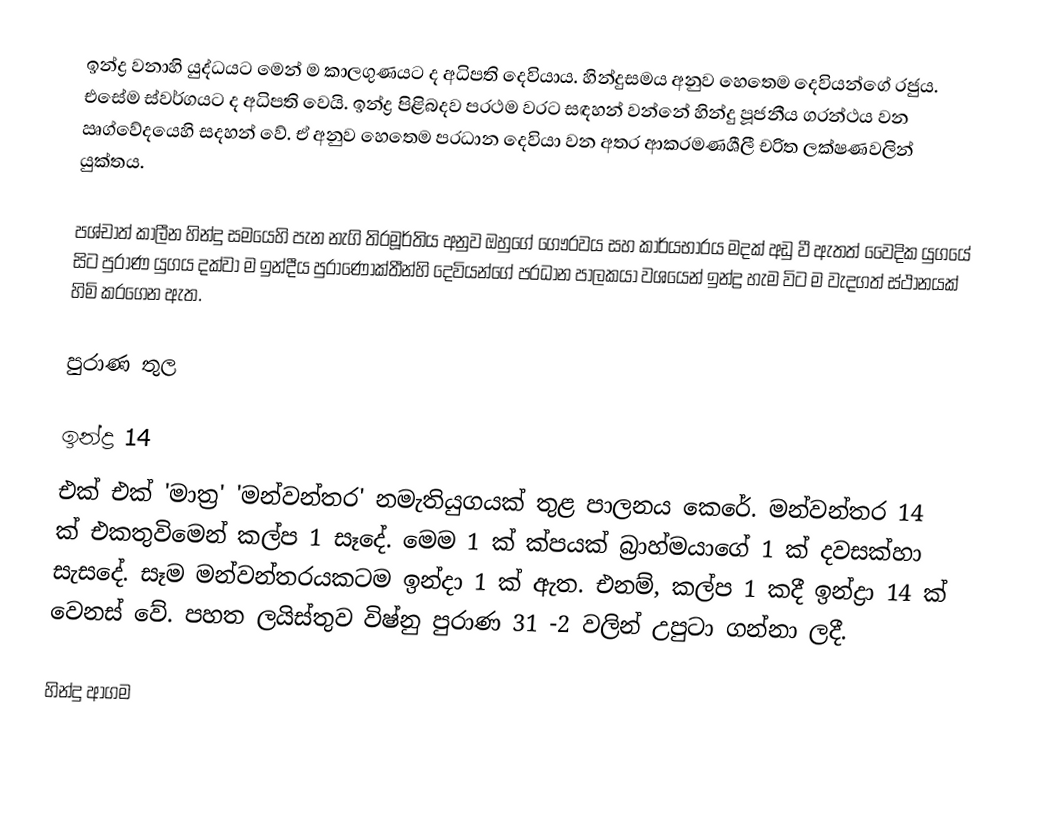
ඉන්ද්‍ර වනාහි යුද්ධයට මෙන් ම කාලගුණයට ද අධිපති දෙවියාය. හින්දුසමය අනුව හෙතෙම දෙවියන්ගේ රජුය. එසේම ස්වර්ගයට ද අධිපති වෙයි. ඉන්ද්‍ර පිළිබදව ප‍්‍රථම වරට සඳහන් වන්නේ හින්දු පූජනීය ග‍්‍රන්ථය වන ඍග්වේදයෙහි සදහන් වේ. ඒ අනුව හෙතෙම ප‍්‍රධාන දෙවියා වන අතර ආක‍්‍රමණශීලී චරිත ලක්ෂණවලින් යුක්තය.

පශ්චාත් කාලීන හින්දු සමයෙහි පැන නැගි ති‍්‍රමූර්තිය අනුව ඔහුගේ ගෞරවය සහ කාර්යභාරය මදක් අඩු වී ඇතත් වෛදික යුගයේ සිට පුරාණ යුගය දක්වා ම ඉන්දීය පුරාණෝක්තීන්හි දෙවියන්ගේ ප‍්‍රධාන පාලකයා වශයෙන් ඉන්ද්‍ර හැම විට ම වැදගත් ස්ථානයක් හිමි කරගෙන ඇත.

පුරාණ තුල

ඉන්ද්‍ර 14
එක් එක් 'මාත්‍ර' 'මන්වන්තර' නමැතියුගයක් තුළ පාලනය කෙරේ. මන්වන්තර 14 ක් එකතුවිමෙන් කල්ප 1 සෑදේ. මෙම 1 ක් ක්පයක් බ්‍රාහ්මයාගේ 1 ක් දවසක්හා සැසදේ. සෑම මන්වන්තරයකටම ඉන්දා 1 ක් ඇත. එනම්, කල්ප 1 කදී ඉන්ද්‍රා 14 ක් වෙනස් වේ. පහත ලයිස්තුව විෂ්නු පුරාණ 31 -2 වලින් උපුටා ගන්නා ලදී.

හින්දු ආගම